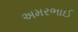
અમરભાઈ